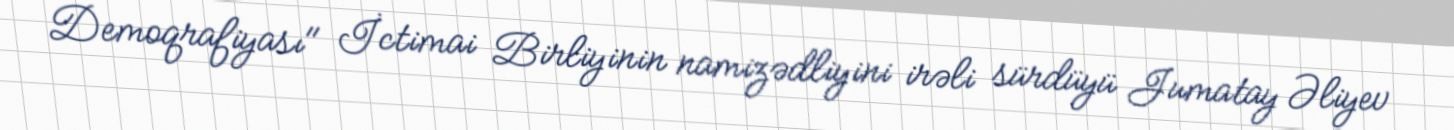
Demoqrafiyası" İctimai Birliyinin namizədliyini irəli sürdüyü Jumatay Əliyev